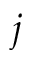
j